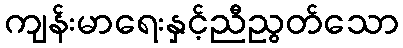
ကျန်းမာရေးနှင့်ညီညွတ်သော